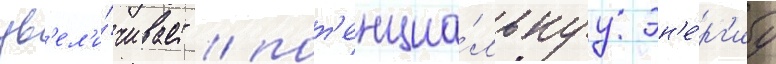
ув'ел'и́чивает / пот'енциа́льнуу эн'е́рг'иу